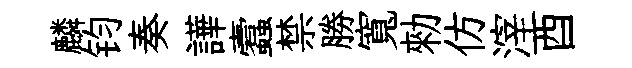
麟钧奏譁蠧禁勝寬勑仿滓酉